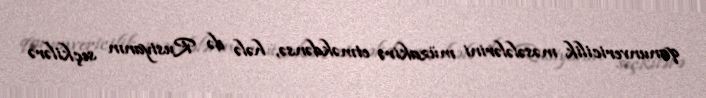
qanunvericilik məsələlərini müzakirə etməkdənsə, hələ də Rusiyanın seçkilərə